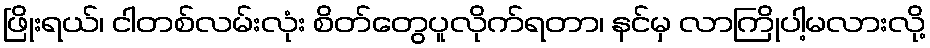
ဖြိုးရယ်၊ ငါတစ်လမ်းလုံး စိတ်တွေပူလိုက်ရတာ၊ နင်မှ လာကြိုပါ့မလားလို့